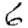
Digit: 6